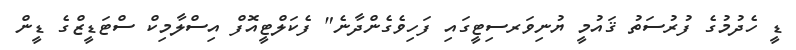
ޑީ ހެދުމުގެ ފުރުސަތު ޤައުމީ ޔުނިވަރސިޓީގައި ފަހިވެގެންދާނެ" ފެކަލްޓީއޮފް އިސްލާމިކް ސްޓަޑީޒްގެ ޑީން